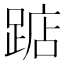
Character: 踮